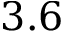
3 . 6